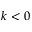
k < 0